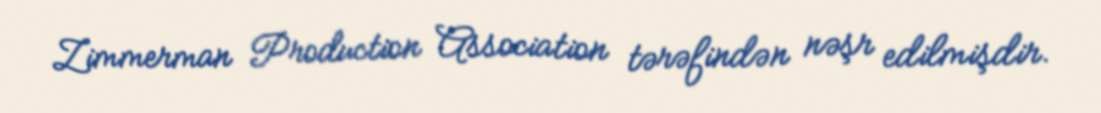
Zimmerman Production Association tərəfindən nəşr edilmişdir.